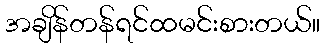
အချိန်တန်ရင်ထမင်းစားတယ်။